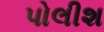
પોલીશ